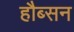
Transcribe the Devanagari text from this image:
हौब्सन